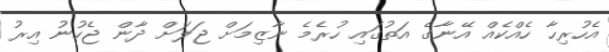
އެހުރިހާ ހެއްކެއް އޭނާގެ އަތުގައި ހުރެމެ ނާޒިމަށް ޖަލަށް ދާާން ޖެހުނު އިރު